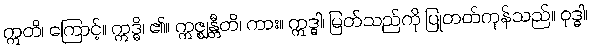
ဣတိ၊ ကြောင့်။ ဣဒ္ဓိ၊ ၏။ ဣဇ္ဈန္တီတိ၊ ကား။ ဣဒ္ဓါ၊ မြတ်သည်ကို ပြုတတ်ကုန်သည်။ ဝုဒ္ဓါ၊